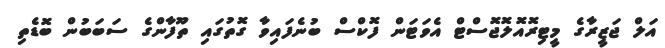
އަލް ޖަޒީރާގެ މީޓިރޮއޮލޮޖޮސްޓް އެވަޓަން ފޮކްސް ބުނެފައިވާ ގޮތުގައި ތޫފާންގެ ސަބަބުން ބޮޑެތި